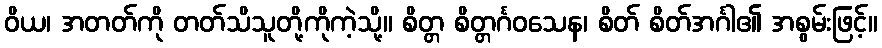
ဝိယ၊ အတတ်ကို တတ်သိသူတို့ကိုကဲ့သို့။ စိတ္တ စိတ္တင်္ဂဝသေန၊ စိတ် စိတ်အင်္ဂါ၏ အစွမ်းဖြင့်။